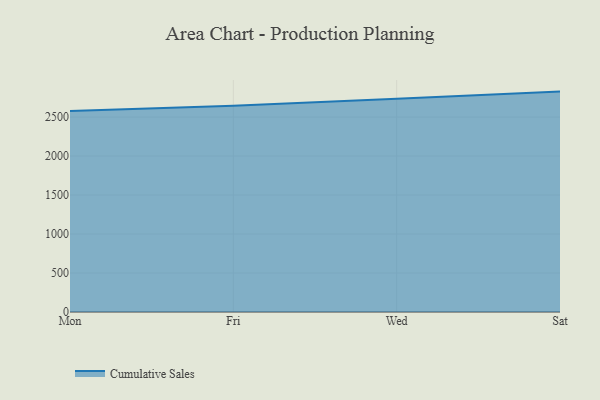
{"axis": {"x": "Day", "y": "Shipments"}, "legend": ["Cumulative Sales"], "data": [{"x": "Mon", "y": 2578.2, "type": "Cumulative Sales"}, {"x": "Fri", "y": 2644.3, "type": "Cumulative Sales"}, {"x": "Wed", "y": 2735.6, "type": "Cumulative Sales"}, {"x": "Sat", "y": 2825.9, "type": "Cumulative Sales"}]}